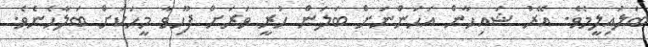
ބަލައިލީމެވެ. އޭރު ޝައިހާން އަހަންނަށް ބަލަން ހުރީ ވަރަށް ފޫހިވާ މީހަކަށް ބަލާހެނެވެ.